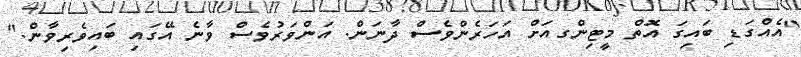
"އެއްގަޑި ބައިގަ އޮތް މީޓިންގއަށް އަހަރެންވެސް ދާނަން. އަންވަރުވެސް ވާނެ އޭގައި ބައިވެރިވާން."